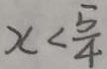
x < \frac { 5 } { 4 }